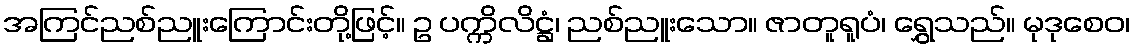
အကြင်ညစ်ညူးကြောင်းတို့ဖြင့်။ ဥ ပက္ကိလိဋ္ဌံ၊ ညစ်ညူးသော။ ဇာတူရူပံ၊ ရွှေသည်။ မုဒုစေဝ၊